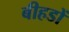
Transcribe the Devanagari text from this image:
बीहडों